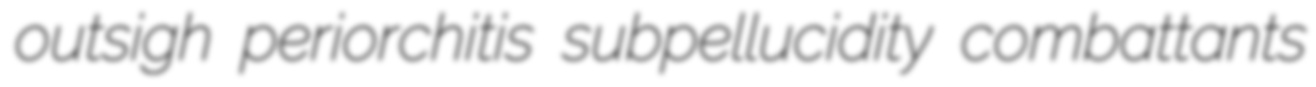
outsigh periorchitis subpellucidity combattants